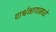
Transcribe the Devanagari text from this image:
पार्श्वभागामध्ये